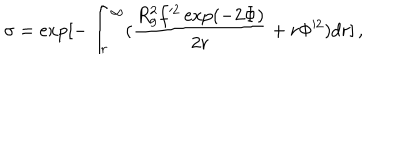
LaTeX: \sigma = \exp [ - \int _ { r } ^ { \infty } ( \frac { R _ { g } ^ { 2 } f ^ { 2 } \exp ( - 2 \Phi ) } { 2 r } + r \Phi ^ { 2 } ) d r ] \, ,